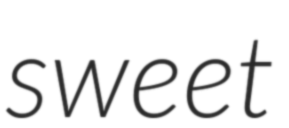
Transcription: sweet